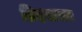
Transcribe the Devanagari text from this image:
ब्रिदवाक्य